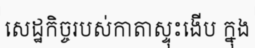
សេដ្ឋកិច្ចរបស់កាតាស្ទុះងើប ក្នុង